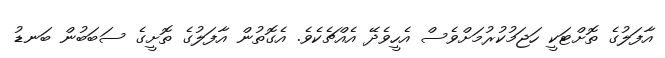
އާފަލުގެ ތޮށްޓަކީ ހަޖަމުކުރުމަށްވެސް އެހީވެދޭ އެއްޗެކެވެ. އެގޮތުން އާފަލުގެ ތޮށީގެ ސަބަބުން ބަނޑު